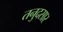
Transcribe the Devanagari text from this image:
तनुदसार